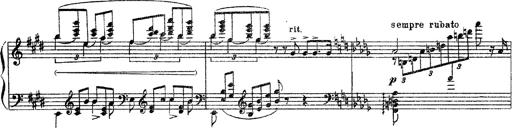
Title: 3 sonetti di Petrarca
Composer: Franz Liszt